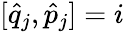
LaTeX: [\hat{q}_{j},\hat{p}_{j}]=i